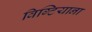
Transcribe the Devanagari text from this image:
विग्टियाना